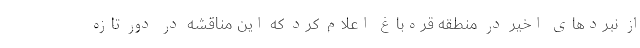
از نبردهای اخیر در منطقه قره‌باغ اعلام کرد که این مناقشه در دور تازه